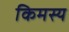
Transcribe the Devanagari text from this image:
किमस्य